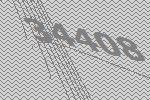
34408